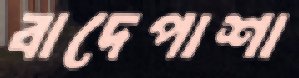
বাদেপাশা